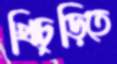
খিচুড়িতে